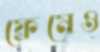
ফ্রেমেও